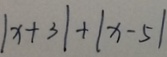
\vert x + 3 \vert + \vert x - 5 \vert